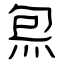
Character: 炰